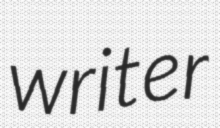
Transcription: writer